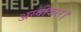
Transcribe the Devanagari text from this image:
अस्वीकार।